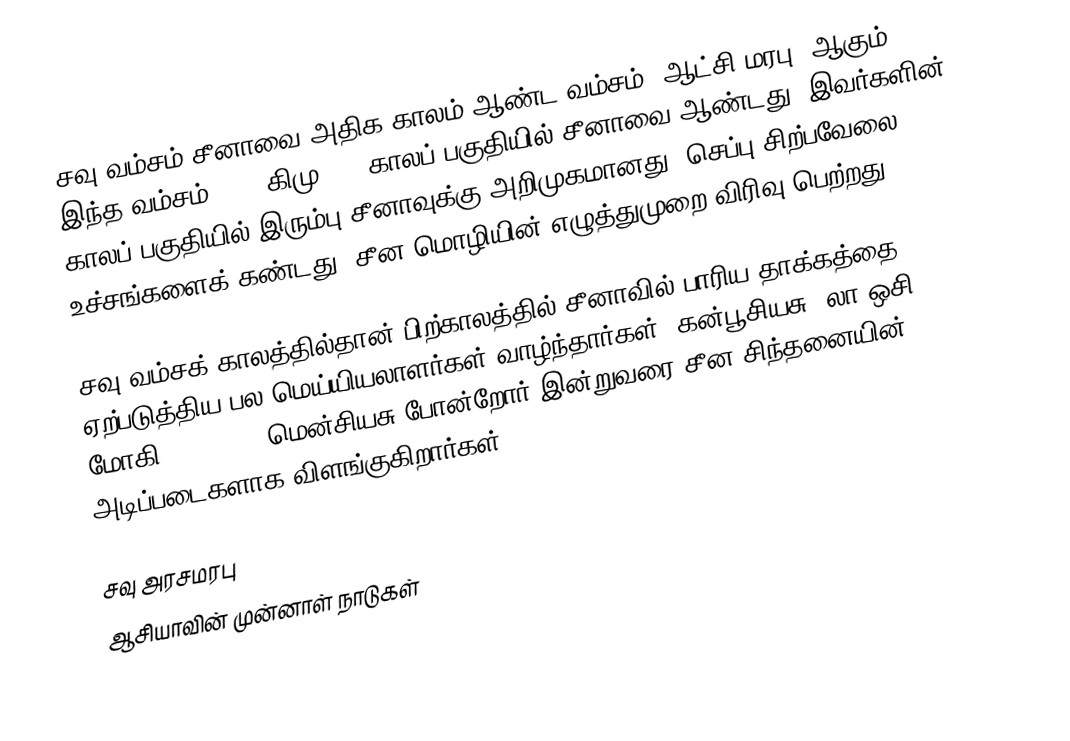
சவு வம்சம் சீனாவை அதிக காலம் ஆண்ட வம்சம் (ஆட்சி மரபு) ஆகும்.  இந்த வம்சம் 1045 கிமு 256 காலப் பகுதியில் சீனாவை ஆண்டது.  இவர்களின் காலப் பகுதியில் இரும்பு சீனாவுக்கு அறிமுகமானது.  செப்பு சிற்பவேலை உச்சங்களைக் கண்டது.  சீன மொழியின் எழுத்துமுறை விரிவு பெற்றது.

சவு வம்சக் காலத்தில்தான் பிற்காலத்தில் சீனாவில் பாரிய தாக்கத்தை ஏற்படுத்திய பல மெய்யியலாளர்கள் வாழ்ந்தார்கள்.  கன்பூசியசு, லா ஒசி, மோகி, Han Fei, மென்சியசு போன்றோர் இன்றுவரை சீன சிந்தனையின் அடிப்படைகளாக விளங்குகிறார்கள்.

சவு அரசமரபு
ஆசியாவின் முன்னாள் நாடுகள்